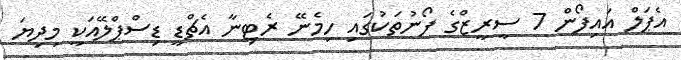
އެޕަލް އައިފޯން 7 ސީރީޒްގެ ފޯނުތަކުގައި ހިމެނޭ ރެޓިނާ އެޗްޑީ ޑިސްޕްލޭއަކީ މިދިޔަ